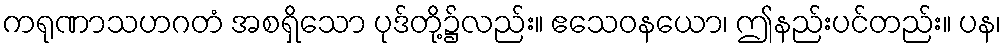
ကရုဏာသဟဂတံ အစရှိသော ပုဒ်တို့၌လည်း။ ဧသေဝနယော၊ ဤနည်းပင်တည်း။ ပန၊